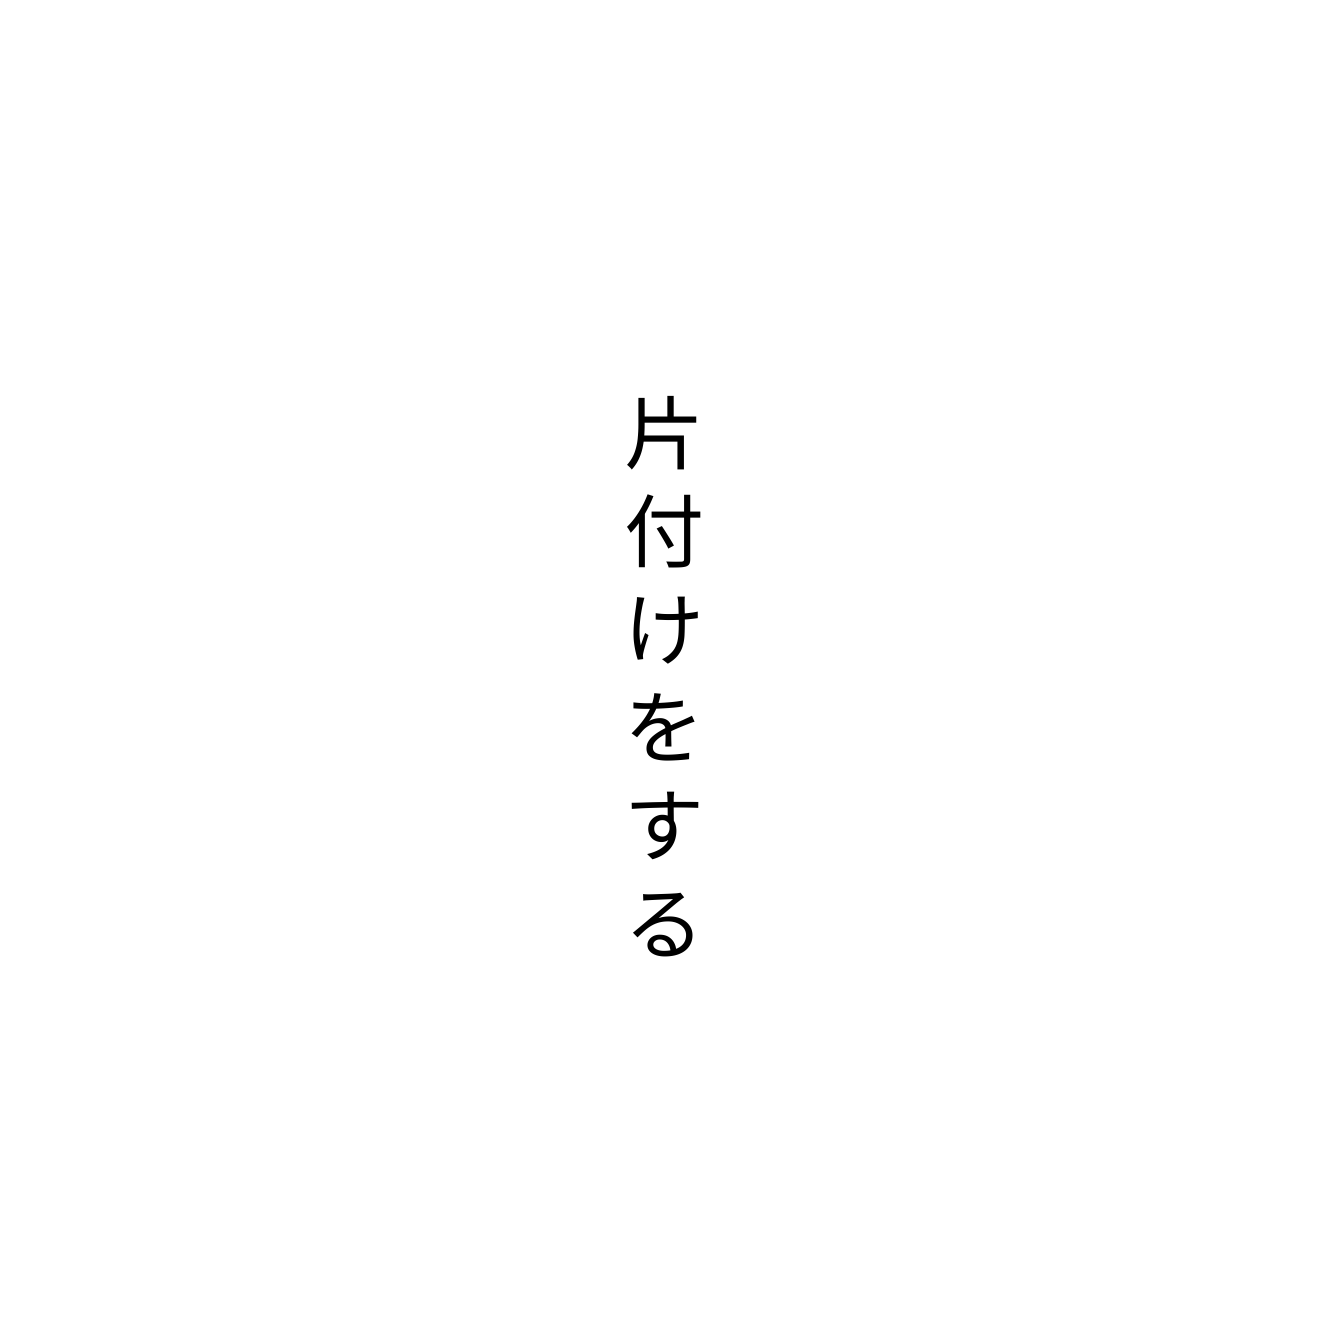
片付けをする